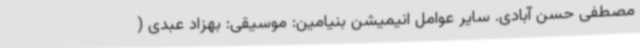
مصطفی حسن آبادی. سایر عوامل انیمیشن بنیامین: موسیقی: بهزاد عبدی (